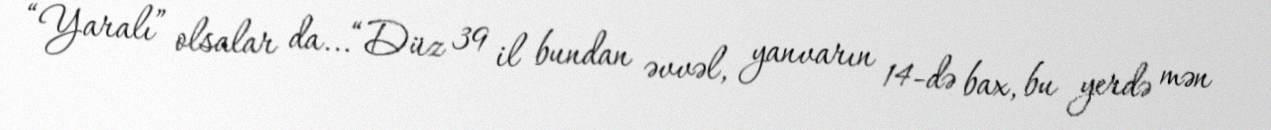
“Yaralı” olsalar da...“Düz 39 il bundan əvvəl, yanvarın 14-də bax, bu yerdə mən